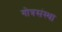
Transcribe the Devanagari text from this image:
गोत्रसंस्था